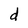
Character: d